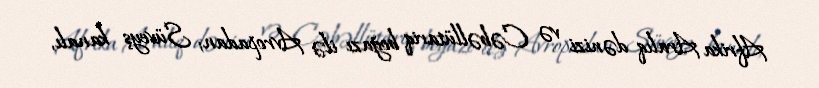
Afrika Aralıq dənizi və Cəbəllütariq boğazı ilə Avropadan; Süveyş kanalı,